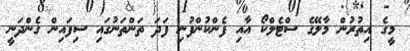
މީގެ އިތުރުން މާލޭގެ ސްޓެލްކޯ އާއި ފެންކުންފުނި ފަދަ ތަންތަނުގައި ސިފައިން ގެންދަނީ